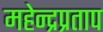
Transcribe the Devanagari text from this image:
महेन्द्रप्रताप